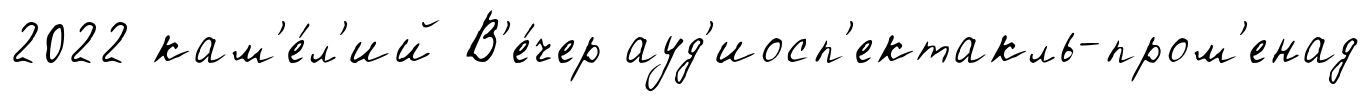
2022 кам'е́л'ий В'е́чер ауд'иосп'ектакль-пром'енад